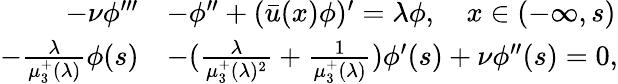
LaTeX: \begin{array}{rl}{-\nu\phi^{\prime\prime\prime}}&{-\phi^{\prime\prime}+(\bar{u}(x)\phi)^{\prime}=\lambda\phi,\quad x\in(-\infty,s)}\\ {-\frac{\lambda}{\mu_{3}^{+}(\lambda)}\phi(s)}&{-(\frac{\lambda}{\mu_{3}^{+}(\lambda)^{2}}+\frac{1}{\mu_{3}^{+}(\lambda)})\phi^{\prime}(s)+\nu\phi^{\prime\prime}(s)=0,}\end{array}